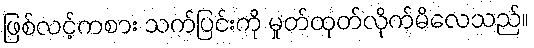
ဖြစ်လင့်ကစား သက်ပြင်းကို မှုတ်ထုတ်လိုက်မိလေသည်။